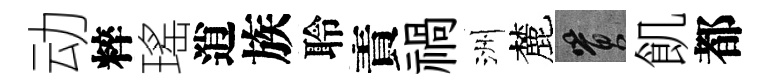
动粹瑤逍族聆責禍洲麓篔飢都